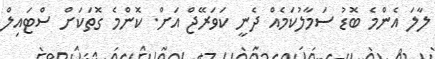
ލާލަ އެންމެ ބޮޑު ސަމާލުކަމެއް ދެނީ ކަވަރޭޖް އަށް. ކޮންމެ ގޮތަކަށް ސްޓައިލް